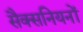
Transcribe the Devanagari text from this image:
सैक्सनियनों